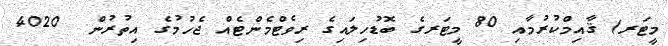
މީޓަރ) ޤާއިމްކުރުމާއި 80 މީޓަރގެ ބޮޑުހިލައިގެ ރިވެޓްމެންޓެއް ޖެހުމުގެ އިތުރުން  4020